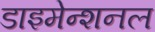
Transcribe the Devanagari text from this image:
डाइमेन्शनल